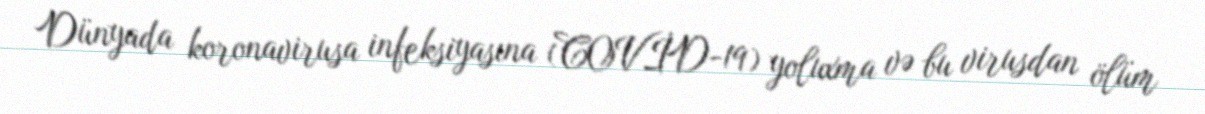
Dünyada koronavirusa infeksiyasına (COVİD-19) yoluxma və bu virusdan ölüm